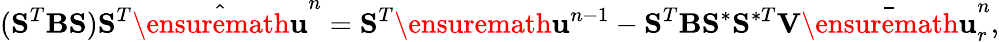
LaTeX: (\mathbf{S}^{T}\mathbf{B}\mathbf{S})\mathbf{S}^{T}\hat{\ensuremath{\mathbf{u}}}^{n}=\mathbf{S}^{T}\ensuremath{\mathbf{u}}^{n-1}-\mathbf{S}^{T}\mathbf{B}\mathbf{S}^{\ast}\mathbf{S}^{\ast T}\mathbf{V}\bar{\ensuremath{\mathbf{u}}}_{r}^{n},